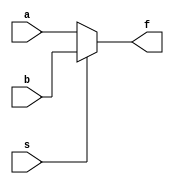
module mux2to1_df2(input a,input b,input s,output f);
    // input a,b,s;
    // output f;
    assign f = s?b:a;
endmodule